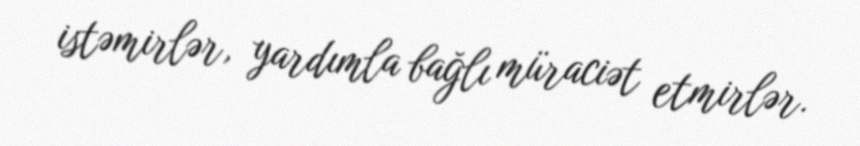
istəmirlər, yardımla bağlı müraciət etmirlər.